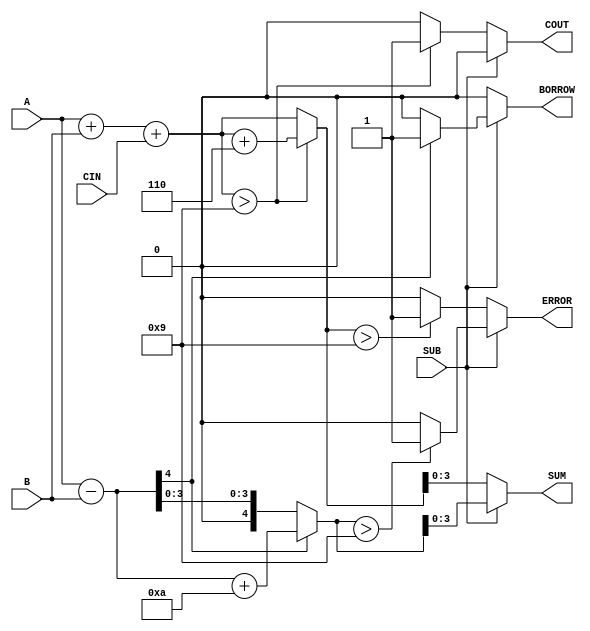
module BCD_Add_Subtracter (
    input [3:0] A,        // First BCD digit
    input [3:0] B,        // Second BCD digit
    input SUB,            // Control signal for addition (0) or subtraction (1)
    input CIN,            // Carry input for addition
    output reg [3:0] SUM, // Resulting BCD digit
    output reg COUT,      // Carry output for addition
    output reg BORROW,    // Borrow output for subtraction
    output reg ERROR      // Error flag for invalid BCD output
);

    wire [4:0] sum;       // 5-bit sum for addition
    wire [4:0] diff;      // 5-bit difference for subtraction
    wire [4:0] corrected_sum; // Corrected sum after BCD adjustment
    wire [4:0] corrected_diff; // Corrected difference after BCD adjustment

    // Compute the binary sum
    assign sum = A + B + CIN;

    // Compute the binary difference
    assign diff = A - B;

    // BCD correction for addition
    always @(*) begin
        if (!SUB) begin
            // If sum exceeds 9, apply BCD correction
            if (sum > 9) begin
                corrected_sum = sum + 5'b0110; // Add 6 to correct
                COUT = 1;                       // Set carry out
            end else begin
                corrected_sum = sum;
                COUT = 0;                       // No carry out
            end
            
            // Assign the sum output and check for error
            SUM = corrected_sum[3:0];
            ERROR = (corrected_sum > 9) ? 1 : 0; // Set error if corrected sum exceeds 9
            BORROW = 0; // No borrow in addition
        end else begin
            // If subtracting
            if (diff[4] == 1'b1) begin
                // Negative result, apply BCD correction
                corrected_diff = diff + 5'b1010; // Add 10 to correct
                BORROW = 1;                      // Set borrow flag
            end else begin
                corrected_diff = diff;
                BORROW = 0;                       // No borrow
            end
            
            // Assign the sum output and check for error
            SUM = corrected_diff[3:0];
            ERROR = (corrected_diff[4:0] > 9) ? 1 : 0; // Set error if corrected diff exceeds 9
            COUT = 0; // No carry in subtraction
        end
    end

endmodule